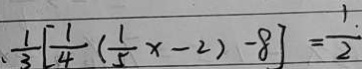
\frac { 1 } { 3 } [ \frac { 1 } { 4 } ( \frac { 1 } { 5 } x - 2 ) - 8 ] = \frac { 1 } { 2 }